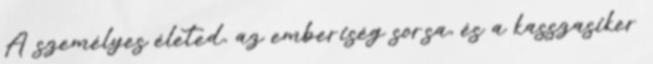
A személyes életed, az emberiség sorsa, és a kasszasiker